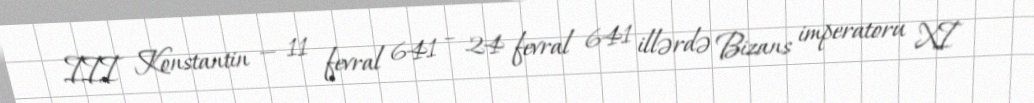
III Konstantin — 11 fevral 641 – 24 fevral 641 illərdə Bizans imperatoru XI